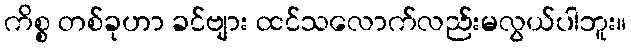
ကိစ္စ တစ်ခုဟာ ခင်ဗျား ထင်သလောက်လည်းမလွယ်ပါဘူး။